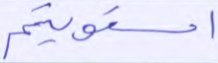
استويتم